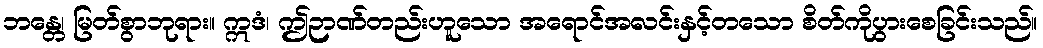
ဘန္တေ၊ မြတ်စွာဘုရား။ ဣဒံ၊ ဤဉာဏ်တည်းဟူသော အရောင်အလင်းနှင့်တသော စိတ်ကိုပွားစေခြင်းသည်။